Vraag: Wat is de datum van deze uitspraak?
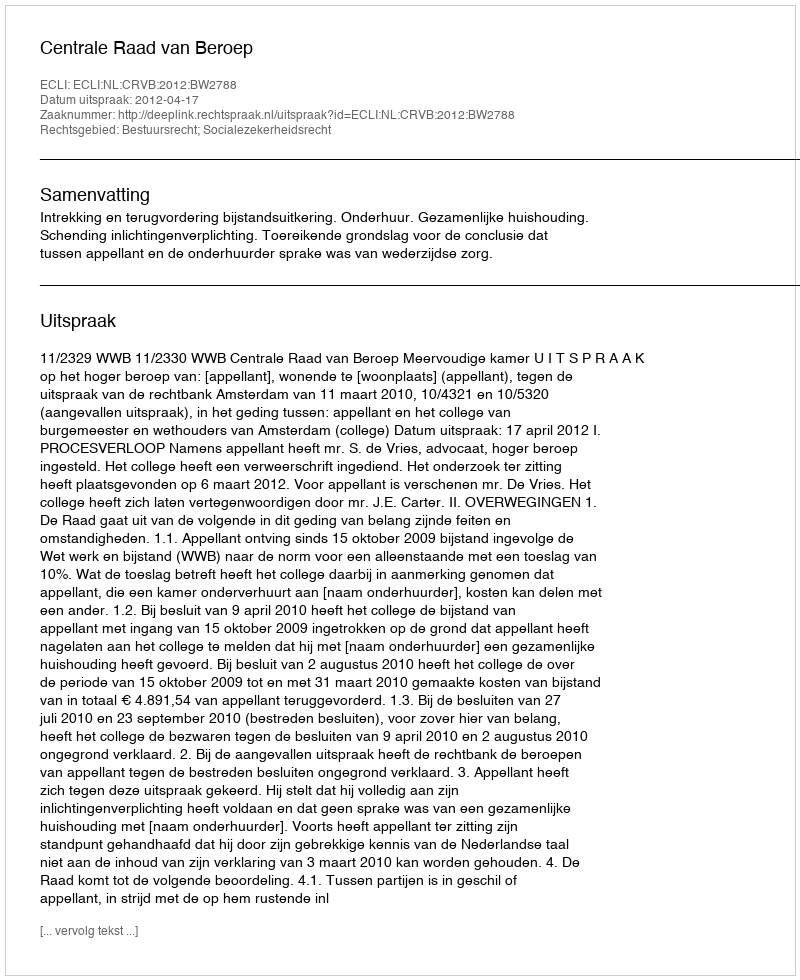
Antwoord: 2012-04-17